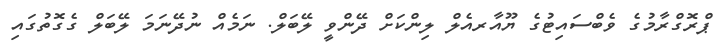
ޕްރޮގްރާމުގެ ވެބްސައިޓުގެ ޔޫއާރއެލް ލިންކަށް ދޭންވީ ލޭބަލް. ނަމެއް ނުދޭނަމަ ލޭބަލް ގެގޮތުގައި